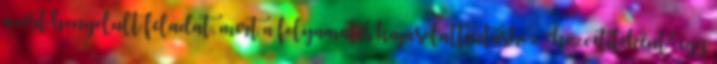
azért bonyolult feladat, mert a folyamatos kapcsolattartáshoz "közvetítőként" egy